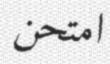
امتحن